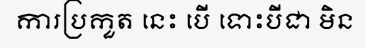
ការប្រកួត នេះ បើ ទោះបីជា មិន